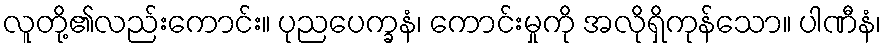
လူတို့၏လည်းကောင်း။ ပုညပေက္ခနံ၊ ကောင်းမှုကို အလိုရှိကုန်သော။ ပါဏီနံ၊